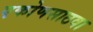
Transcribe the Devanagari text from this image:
एकोणसाठवा